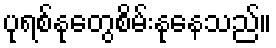
ပုရစ်နုတွေစိမ်းနုနေသည်။